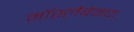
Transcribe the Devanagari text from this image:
मॉर्स्लेबेनचा